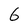
Character: 6